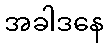
အခါဒနေ